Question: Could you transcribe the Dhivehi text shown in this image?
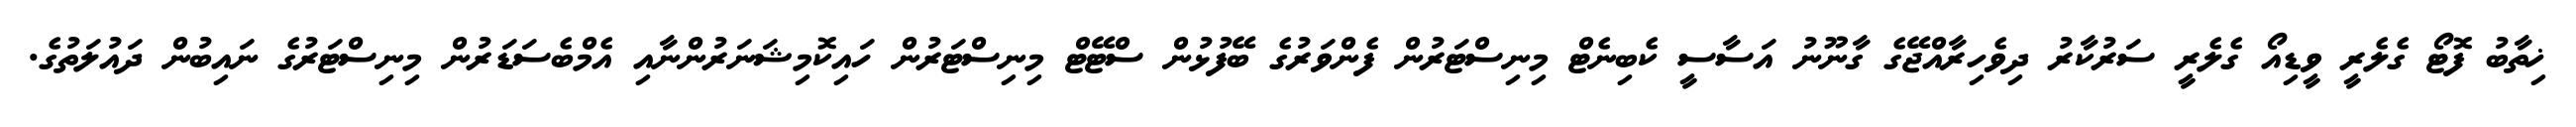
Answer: ޚިތާބު ފޮޓޯ ގެލެރީ ވީޑިއޯ ގެލެރީ ސަރުކާރު ދިވެހިރާއްޖޭގެ ގާނޫނު އަސާސީ ކެބިނެޓް މިނިސްޓަރުން ފެންވަރުގެ ބޭފުޅުން ސްޓޭޓް މިނިސްޓަރުން ހައިކޮމިޝަނަރުންނާއި އެމްބެސަޑަރުން މިނިސްޓަރުގެ ނައިބުން ދައުލަތުގެ.